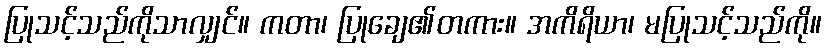
ပြုသင့်သည်ကိုသာလျှင်။ ကတာ၊ ပြုချေ၏တကား။ အကိရိယာ၊ မပြုသင့်သည်ကို။